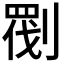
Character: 𠞵